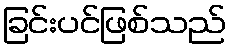
ခြင်းပင်ဖြစ်သည်